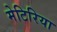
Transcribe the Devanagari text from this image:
मेटिरिया